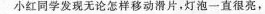
小红同学发现无论怎样移动滑片，灯泡一直很亮，